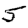
Digit: 5